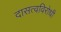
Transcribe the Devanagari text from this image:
दासत्वविरोधी